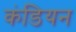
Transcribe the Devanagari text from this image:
कंडियन